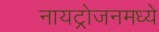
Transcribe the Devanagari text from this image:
नायट्रोजनमध्ये